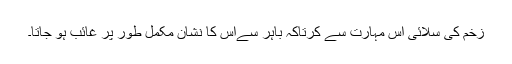
زخم کی سلائی اس مہارت سے کرتاکہ باہر سےاُس کا نشان مکمل طور پر غائب ہو جاتا۔